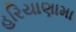
હરિયાણામા